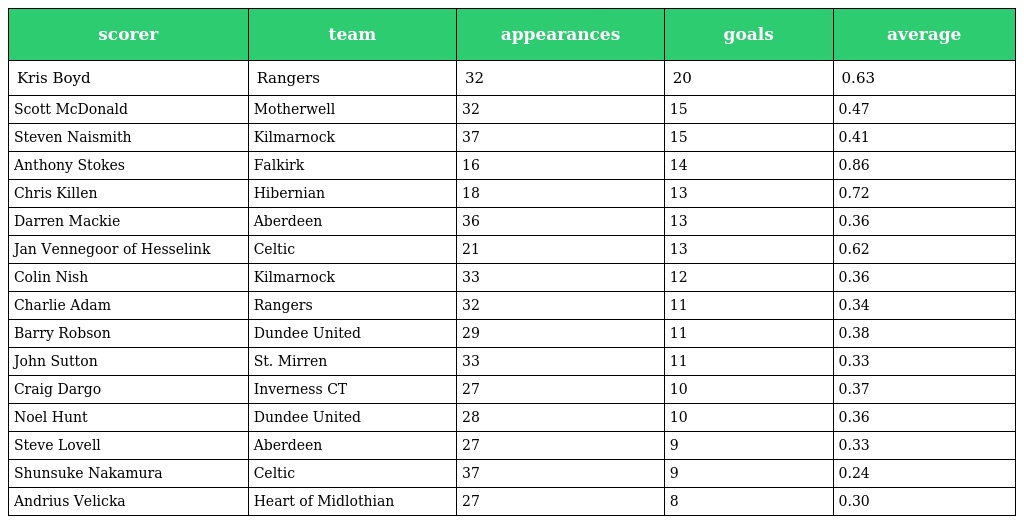
| scorer | team | appearances | goals | average |
 | --- | --- | --- | --- | --- |
 | Kris Boyd | Rangers | 32 | 20 | 0.63 |
 | Scott McDonald | Motherwell | 32 | 15 | 0.47 |
 | Steven Naismith | Kilmarnock | 37 | 15 | 0.41 |
 | Anthony Stokes | Falkirk | 16 | 14 | 0.86 |
 | Chris Killen | Hibernian | 18 | 13 | 0.72 |
 | Darren Mackie | Aberdeen | 36 | 13 | 0.36 |
 | Jan Vennegoor of Hesselink | Celtic | 21 | 13 | 0.62 |
 | Colin Nish | Kilmarnock | 33 | 12 | 0.36 |
 | Charlie Adam | Rangers | 32 | 11 | 0.34 |
 | Barry Robson | Dundee United | 29 | 11 | 0.38 |
 | John Sutton | St. Mirren | 33 | 11 | 0.33 |
 | Craig Dargo | Inverness CT | 27 | 10 | 0.37 |
 | Noel Hunt | Dundee United | 28 | 10 | 0.36 |
 | Steve Lovell | Aberdeen | 27 | 9 | 0.33 |
 | Shunsuke Nakamura | Celtic | 37 | 9 | 0.24 |
 | Andrius Velicka | Heart of Midlothian | 27 | 8 | 0.30 |